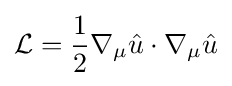
{\mathcal {L}}={\frac {1}{2}}\nabla _{\mu }{\hat {u}}\cdot \nabla _{\mu }{\hat {u}}